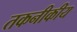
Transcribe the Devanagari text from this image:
तकनीकीय